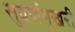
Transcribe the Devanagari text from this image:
सुवर्णमुखरी